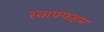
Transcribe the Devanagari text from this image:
स्वाफ्फहम